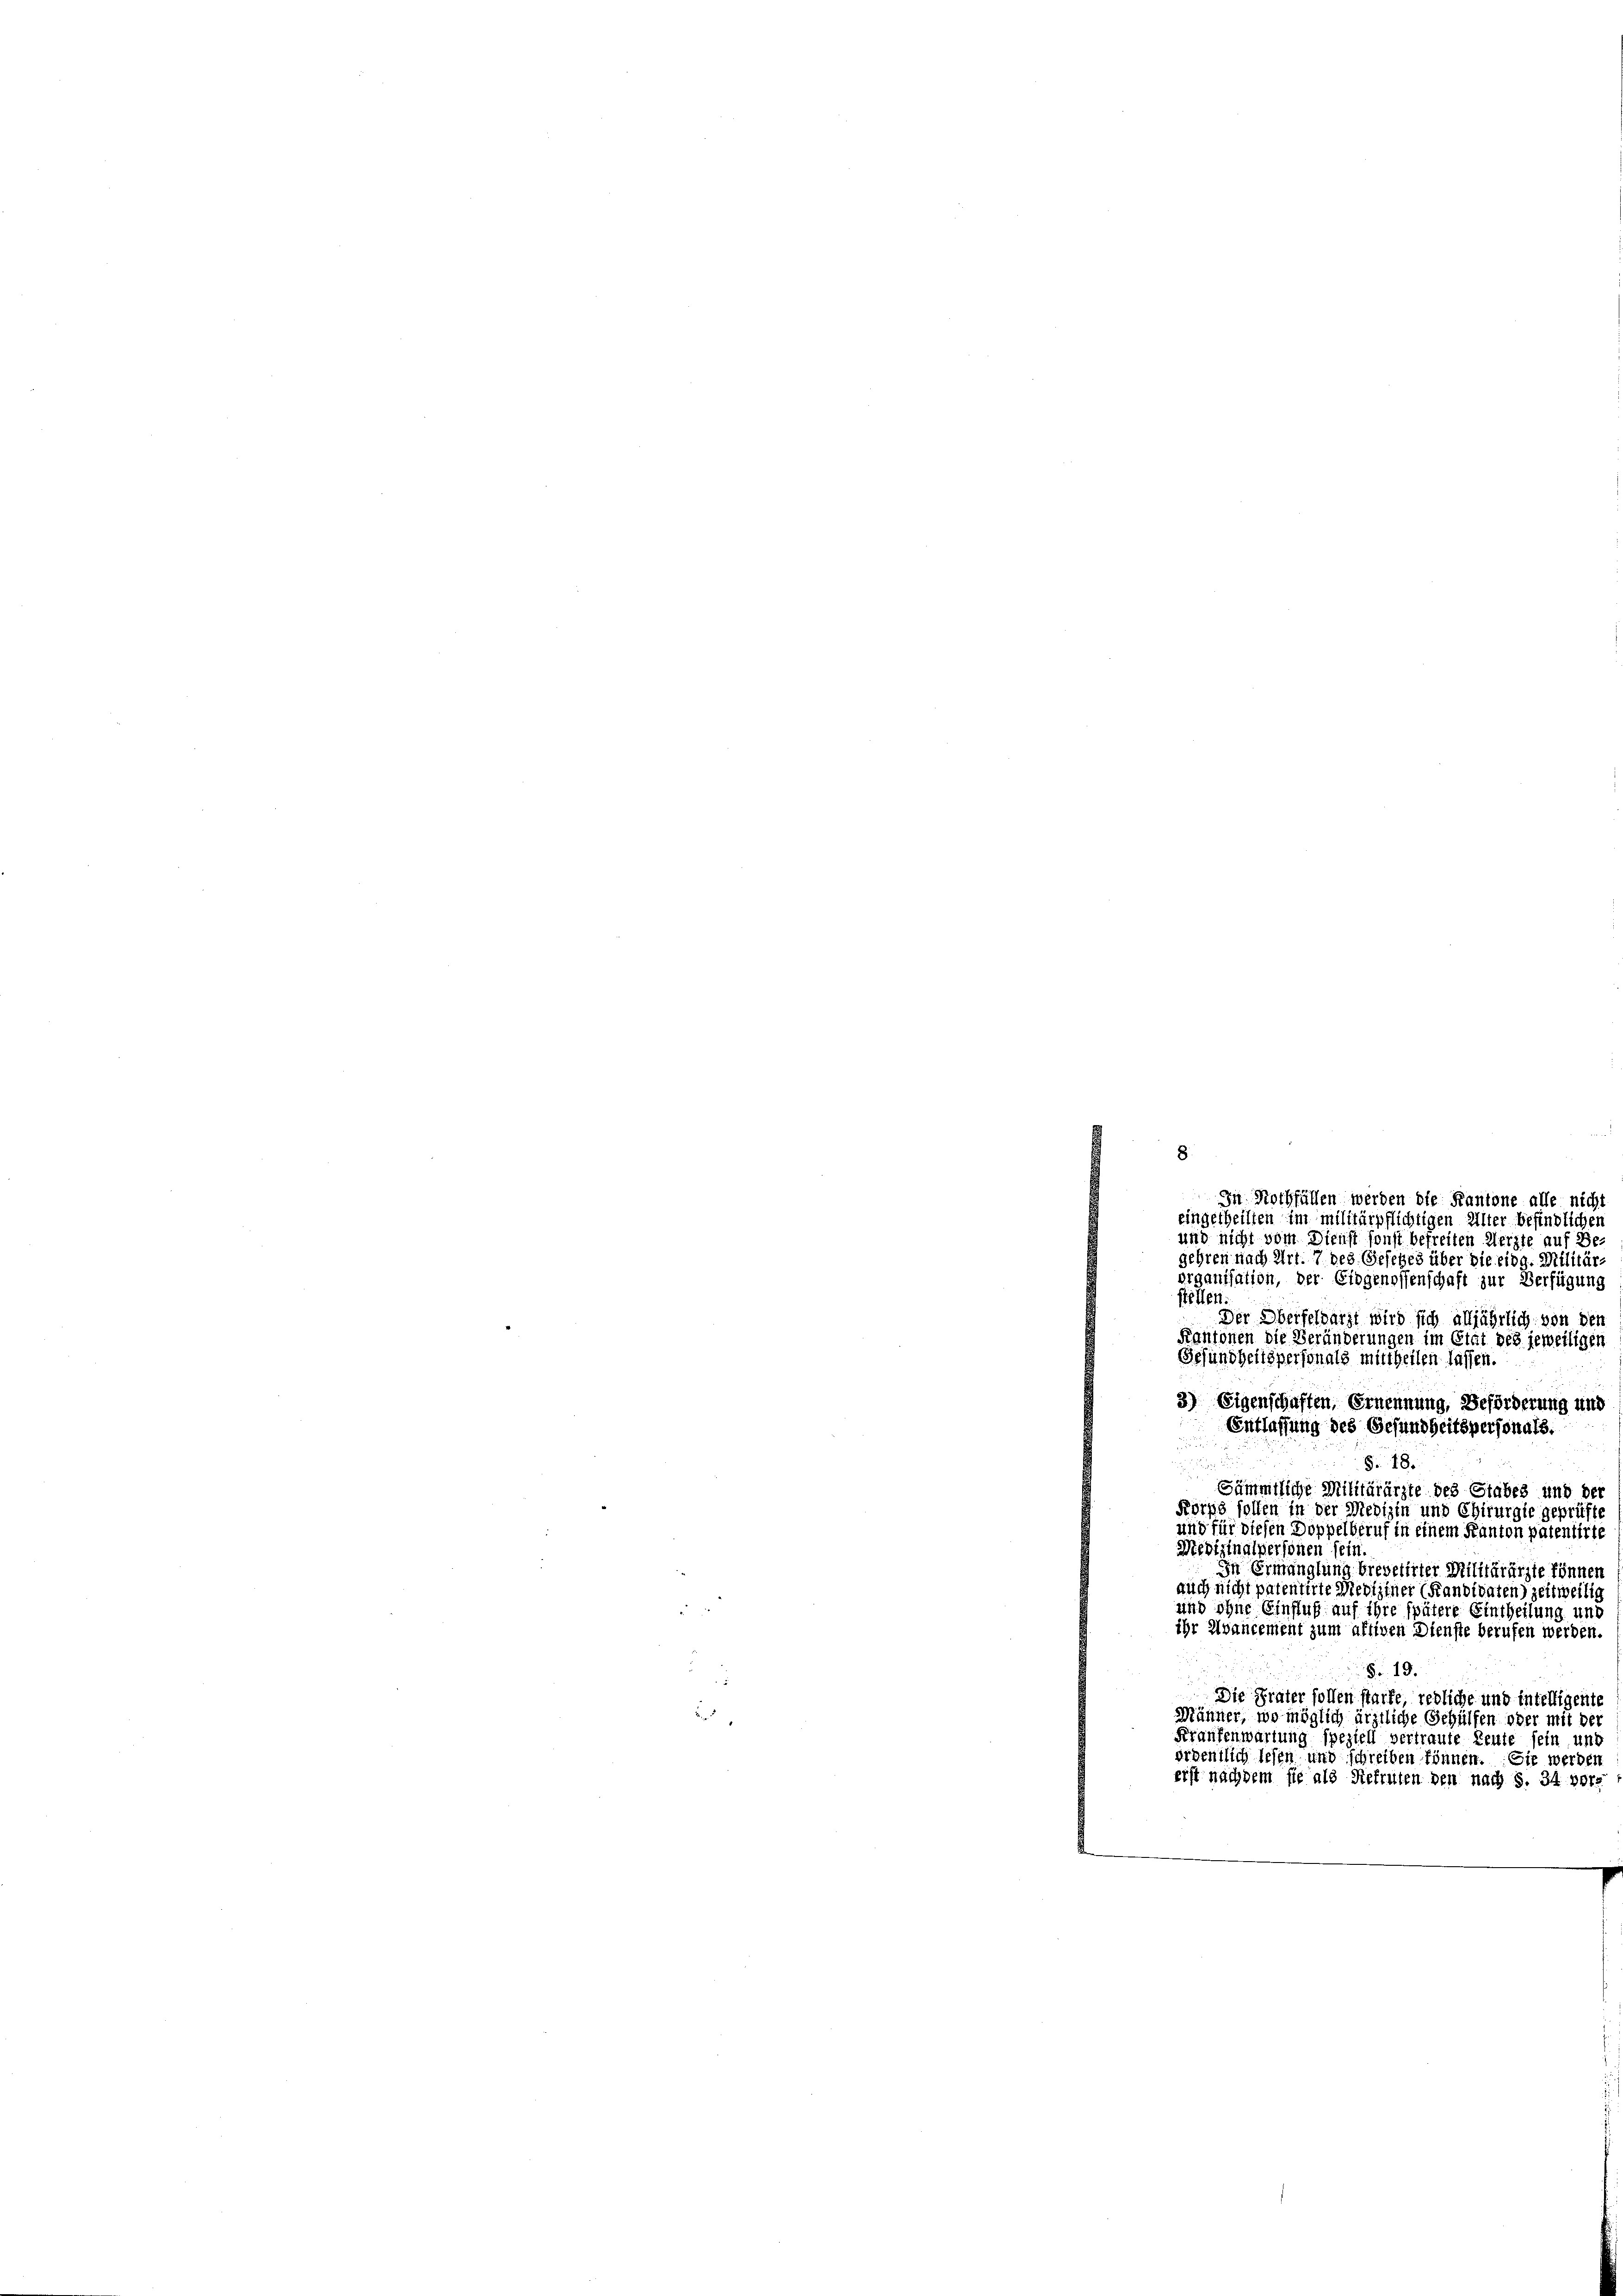
In Nothfüllen werden die Kantone alle nicht
eingetheilten im militärpflichtigen Alter befindlichen
und nicht vom Dienst sonst befreiten Merzte auf Be-
gehren nach Art. 7 des Gesches über die eidg. Militär-
organisation, der Eidgenossenschaft zur Verfügung
stellen
Der Oberfelbarzt wird sich alljährlich von den
Kantonen die Veränderungen im Etat des jeweiligen
Gesundheitspersonals mittheilen lassen.
3) Eigenschaften, Ernennung, Beförderung und
Entlassung des Gesundheitspersonals.
.
§. 18.
¬
Sämmtliche Militärärzte des Stabes und der
Korps sollen in der Medizin und Chirurgie geprüfte
und für diesen Doppelberuf in einem Kanton patentirte
Medizinalpersonen sein
In Ermanglung brevetirter Militärärzte können
auch nicht patentirte Mediziner (Kandidaten) zeitweilig
und ohne Einfluß auf ihre spätere Eintheilung und
ihr Avancement zum affiven Dienste berufen werden.
Fr. 19.
Die Frater sollen starke, redliche und intelligente
Mähner, wo möglich ärztliche Gehülfen oder mit der
Kraufenwartung speziell vertraute Leute sein und
ördentlich lesen und schreiben können. Sie werden
erst nachdem sie als Siefruten den nach S. 34 vor¬